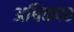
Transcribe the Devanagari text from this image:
अधिकपर